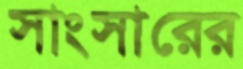
সাংসারের